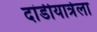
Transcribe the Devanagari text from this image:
दांडीयात्रेला